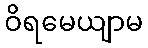
ဝိရမေယျာမ